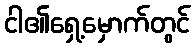
ငါ၏ရှေ့မှောက်တွင်